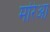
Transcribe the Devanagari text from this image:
मरिआ